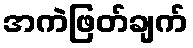
အကဲဖြတ်ချက်